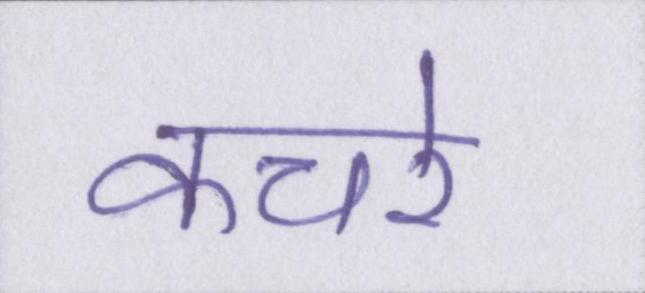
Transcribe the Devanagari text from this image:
कचरे